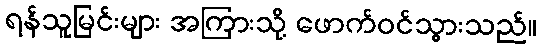
ရန်သူမြင်းများ အကြားသို့ ဖောက်ဝင်သွားသည်။